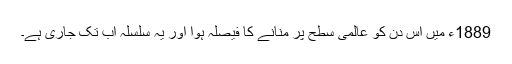
1889ء میں اس دن کو عالمی سطح پر منانے کا فیصلہ ہوا اور یہ سلسلہ اب تک جاری ہے۔